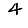
Digit: 4